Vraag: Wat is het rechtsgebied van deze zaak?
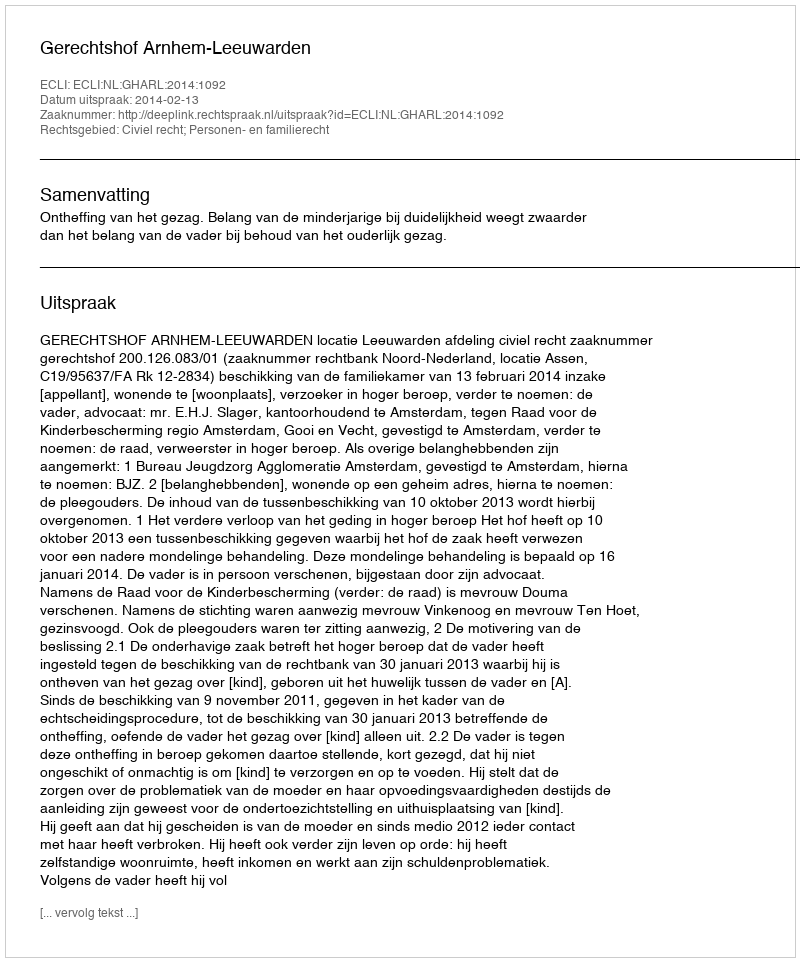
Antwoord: Civiel recht; Personen- en familierecht